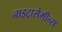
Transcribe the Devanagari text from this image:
नाइट्रासेमीन्स